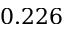
0 . 2 2 6